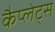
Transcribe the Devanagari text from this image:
कैप्लेट्स